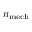
\scriptstyle n _ { \mathrm { m e c h } }